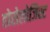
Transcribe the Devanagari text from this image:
होरोलोजिस्ट